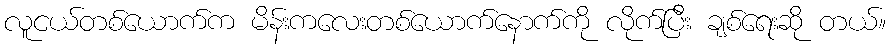
လူငယ်တစ်ယောက်က မိန်းကလေးတစ်ယောက်နောက်ကို လိုက်ပြီး ချစ်ရေးဆို တယ်။